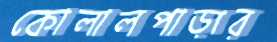
কোলালপাড়ার